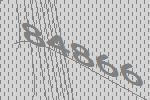
84866